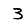
Digit: 3